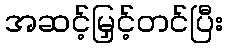
အဆင့်မြှင့်တင်ပြီး